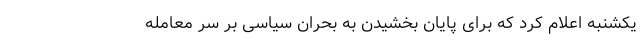
یکشنبه اعلام کرد که برای پایان بخشیدن به بحران سیاسی بر سر معامله